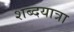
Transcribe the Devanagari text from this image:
शब्दयात्रा